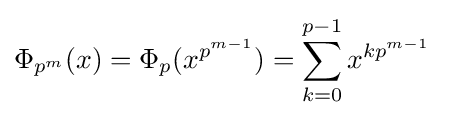
\Phi _{p^{m}}(x)=\Phi _{p}(x^{p^{m-1}})=\sum _{k=0}^{p-1}x^{kp^{m-1}}\;